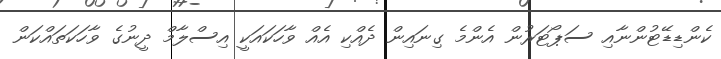
ކެންޑިޑޭޓުންނާއި ސަޕޯޓަރުން އެންމެ ގިނައިން ދެއްކި އެއް ވާހަކައަކީ އިސްލާމް ދީނުގެ ވާހަކަތައްކަން